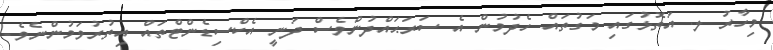
މިހާރު ލ. އަތޮޅުގައި މަގުތައް ހެދުމުން އެ ސަރަޙައްދުންވެސް ދަނީ އެކްސިޑެންޓްތައް އިތުރުވަމުންނެވެ.